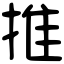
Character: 推